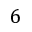
6